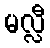
မလ္လီ